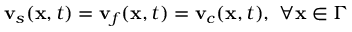
\mathbf { v } _ { s } ( \mathbf { x } , t ) = \mathbf { v } _ { f } ( \mathbf { x } , t ) = \mathbf { v } _ { c } ( \mathbf { x } , t ) , \ \forall \mathbf { x } \in \Gamma